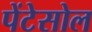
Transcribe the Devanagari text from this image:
पेंटेसोल